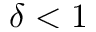
\delta < 1